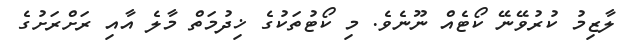
ލާޒިމު ކުރުވޭނޭ ކޯޓެއް ނޫނެވެ. މި ކޯޓުތަކުގެ ޚިދުމަތް މާލެ އާއި ރަށްރަށުގެ